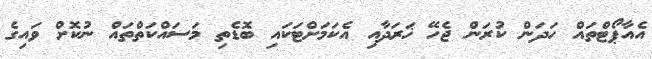
އެއާޕޯޓްތައް ހަދަން ކުރަން ޖެހޭ ޚަރަދާއި އެކަމަށްޓަކައި ބޮޑެތި މަސައްކަތްތައް ނުކޮށް ވައިގެ